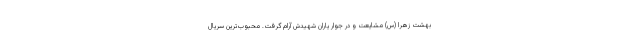
بهشت زهرا (س) مشایعت و در جوار یاران شهیدش آرام گرفت. محبوب‌ترین سریال